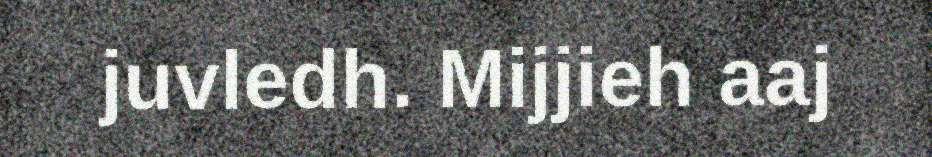
juvledh. Mijjieh aaj